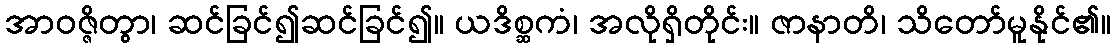
အာဝဇ္ဇိတွာ၊ ဆင်ခြင်၍ဆင်ခြင်၍။ ယဒိစ္ဆကံ၊ အလိုရှိတိုင်း။ ဇာနာတိ၊ သိတော်မူနိုင်၏။